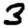
Digit: 3